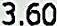
3.60